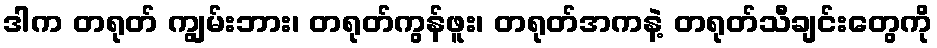
ဒါက တရုတ် ကျွမ်းဘား၊ တရုတ်ကွန်ဖူး၊ တရုတ်အကနဲ့ တရုတ်သီချင်းတွေကို